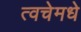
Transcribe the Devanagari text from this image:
त्वचेमधे